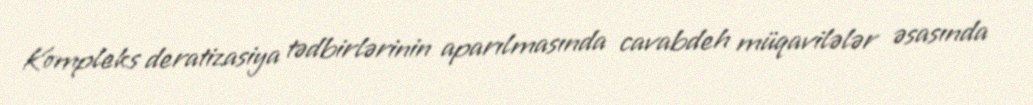
Kompleks deratizasiya tədbirlərinin aparılmasında cavabdeh müqavilələr əsasında